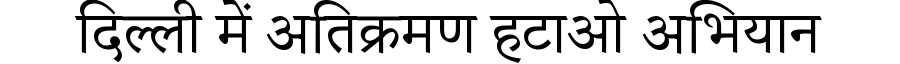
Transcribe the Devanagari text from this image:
दिल्ली में अतिक्रमण हटाओ अभियान